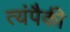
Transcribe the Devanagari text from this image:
त्यंपैकी